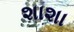
શાશા